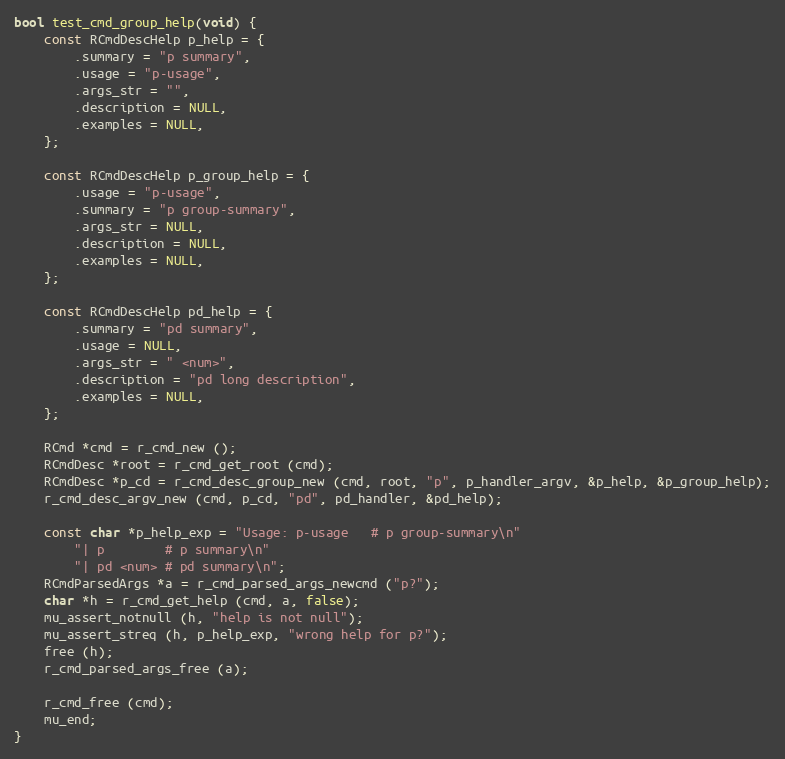
Language: C
bool test_cmd_group_help(void) {
	const RCmdDescHelp p_help = {
		.summary = "p summary",
		.usage = "p-usage",
		.args_str = "",
		.description = NULL,
		.examples = NULL,
	};

	const RCmdDescHelp p_group_help = {
		.usage = "p-usage",
		.summary = "p group-summary",
		.args_str = NULL,
		.description = NULL,
		.examples = NULL,
	};

	const RCmdDescHelp pd_help = {
		.summary = "pd summary",
		.usage = NULL,
		.args_str = " <num>",
		.description = "pd long description",
		.examples = NULL,
	};

	RCmd *cmd = r_cmd_new ();
	RCmdDesc *root = r_cmd_get_root (cmd);
	RCmdDesc *p_cd = r_cmd_desc_group_new (cmd, root, "p", p_handler_argv, &p_help, &p_group_help);
	r_cmd_desc_argv_new (cmd, p_cd, "pd", pd_handler, &pd_help);

	const char *p_help_exp = "Usage: p-usage   # p group-summary\n"
		"| p        # p summary\n"
		"| pd <num> # pd summary\n";
	RCmdParsedArgs *a = r_cmd_parsed_args_newcmd ("p?");
	char *h = r_cmd_get_help (cmd, a, false);
	mu_assert_notnull (h, "help is not null");
	mu_assert_streq (h, p_help_exp, "wrong help for p?");
	free (h);
	r_cmd_parsed_args_free (a);

	r_cmd_free (cmd);
	mu_end;
}